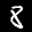
Label: 8